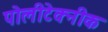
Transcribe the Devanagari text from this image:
पोलीटेक्‍नीक